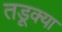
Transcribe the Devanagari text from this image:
तडूक्या